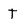
Character: t